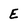
Character: E